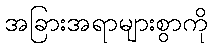
အခြားအရာများစွာကို